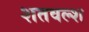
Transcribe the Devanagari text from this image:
शतवल्श